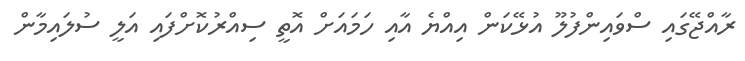
ރާއްޖޭގައި ސްވައިންފުލޫ އުޅޭކަން އިއްޔެ އާއި ހަމައަށް އޮތީ ސިއްރުކޮށްފައި އަލީ ސުލައިމާން